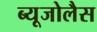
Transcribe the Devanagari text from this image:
ब्यूजोलैस